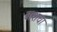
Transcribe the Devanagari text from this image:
बाशचा